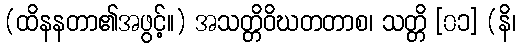
(ထိနနတာ၏အဖွင့်။) အသတ္တိဝိဃတတာစ၊ သတ္တိ [၀၁] (နိ၊